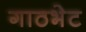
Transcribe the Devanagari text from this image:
गाठभेट